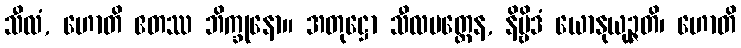
သီလံ, ဟောတိ ဧတဿ ဘိက္ခုနော။ အတုဋ္ဌော သီလမတ္တေန, နိဗ္ဗိဒံ ယောနုယုဉ္ဇတိ၊ ဟောတိ